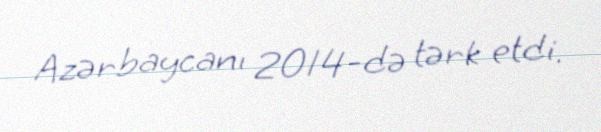
Azərbaycanı 2014-də tərk etdi.